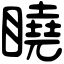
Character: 䁱